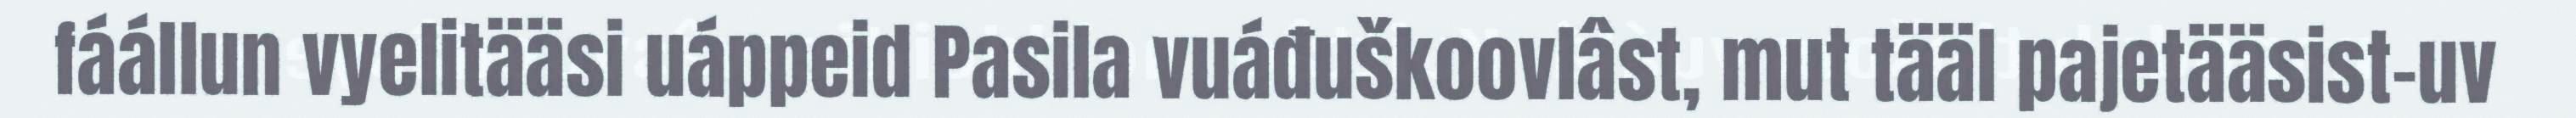
fáállun vyelitääsi uáppeid Pasila vuáđuškoovlâst, mut tääl pajetääsist-uv